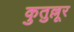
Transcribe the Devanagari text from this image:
कुतुल्लूर